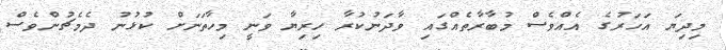
މިދިޔަ އަހަރުގެ އެއްވެސް މުބާރާތެއްގައި ވާދަނުކުރާ ހިރިޔާ ވަނީ މިހާތަނަށް ކުޅުނު ދެމެޗުންވެސް